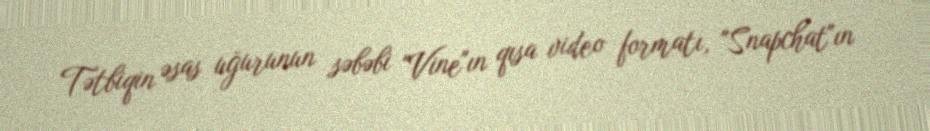
Tətbiqin əsas uğurunun səbəbi "Vine"ın qısa video formatı, "Snapchat"ın